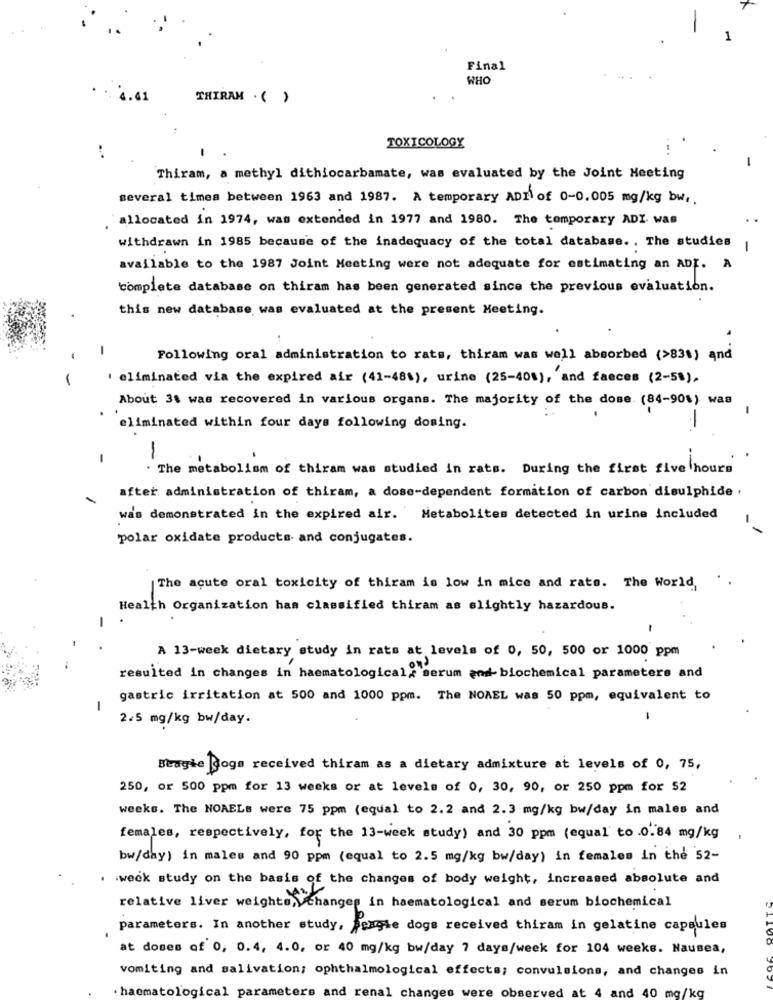
Final
WHO
4.41
THIRAM .()
TOXICOLOGY
Thiram, a methyl dithiocarbamate, was evaluated by the Joint Meeting
several times between 1963 and 1987. A temporary ADI of 0-0.005 mg/kg bw ,.
allocated in 1974, was extended in 1977 and 1980. The temporary ADI was
withdrawn in 1985 because of the inadequacy of the total database. . The studies |
available to the 1987 Joint Meeting were not adequate for estimating an AD. A
complete database on thiram has been generated since the previous evaluation.
this new database was evaluated at the present Meeting.
-
Following oral administration to rats, thiram was well absorbed (>83%) and
-
eliminated via the expired air (41-481), urine (25-40%), and faeces (2-50),
About 31 was recovered in various organs. The majority of the dose (84-90%) was
-
eliminated within four days following dosing.
-
. The metabolism of thiram was studied in rats. During the first five hours
after administration of thiram, a dose-dependent formation of carbon disulphide .
was demonstrated in the expired air. Metabolites detected in urine included
polar oxidate products and conjugates.
The acute oral toxicity of thiram is low in mice and rate. The World,
Health Organization has classified thiram as slightly hazardous.
-
A 13-week dietary study in rats at levels of 0, 50, 500 or 1000 ppm
resulted in changes in haematological, serum and biochemical parameters and
gastric irritation at 500 and 1000 ppm. The NOAEL was 50 ppm, equivalent to
-
2.5 mg/kg bw/day.
-
Beagle Dogs received thiram as a dietary admixture at levels of 0, 75,
250, or 500 ppm for 13 weeks or at levels of 0, 30, 90, or 250 ppm for $2
weeks. The NOAELs were 75 ppm (equal to 2.2 and 2.3 mg/kg bw/day in males and
females, respectively, for the 13-week study) and 30 ppm (equal to .0. 84 mg/kg
bw/day) in males and 90 ppm (equal to 2.5 mg/kg bw/day) in females in the 52-
. week study on the basis of the changes of body weight, increased absolute and
relative liver weights, changes in haematological and serum biochemical
parameters. In another study, Fergie dogs received thiram in gelatine capsules
at doses of 0, 0.4, 4.0, or 40 mg/kg bw/day 7 days/week for 104 weeks. Nausea,
vomiting and salivation; ophthalmological effects; convulsions, and changes in
· hacmatological parameters and renal changes
rved at 4 and 40 mg/kg